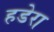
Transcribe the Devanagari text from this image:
हडेरा